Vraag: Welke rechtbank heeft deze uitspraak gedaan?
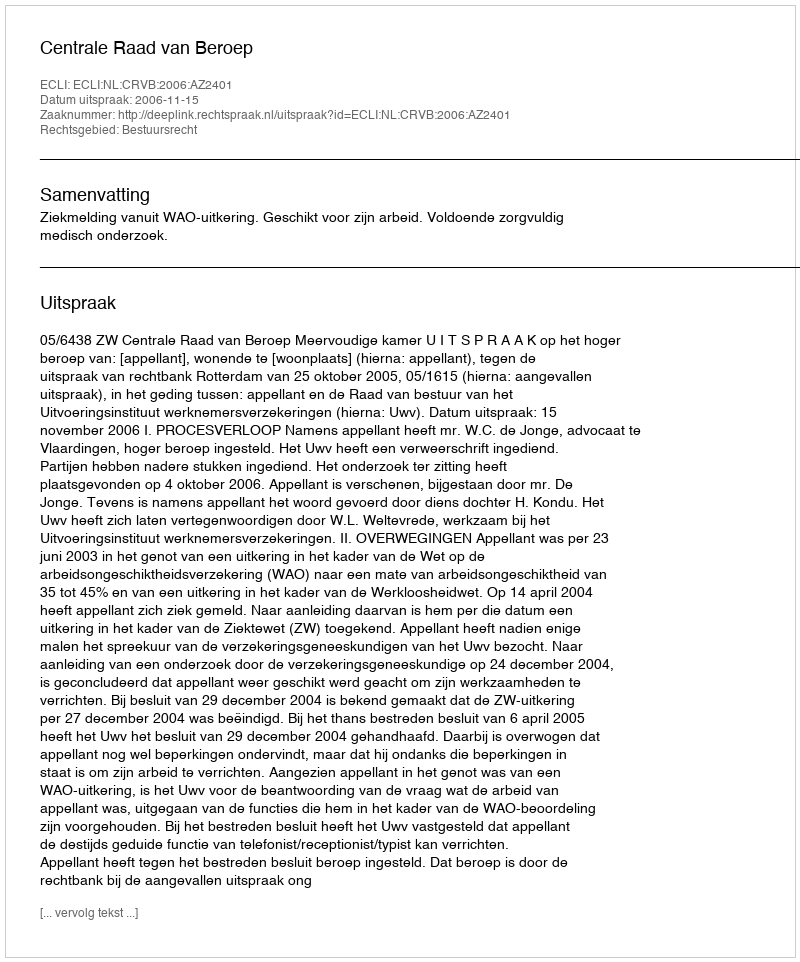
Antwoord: Centrale Raad van Beroep